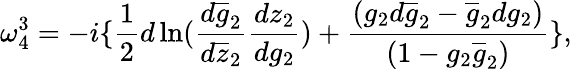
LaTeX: \omega_{4}^{3}=-i\{ \frac{1}{2}d\ln(\frac{d\overline{{{g}}}_{2}}{d\overline{{{z}}}_{2}}\frac{dz_{2}}{dg_{2}})+\frac{(g_{2}d\overline{{{g}}}_{2}-\overline{{{g}}}_{2}dg_{2})}{(1-g_{2}\overline{{{g}}}_{2})}\} ,